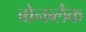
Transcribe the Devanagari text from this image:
बोनब्लैक